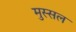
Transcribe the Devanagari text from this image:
मुस्सल